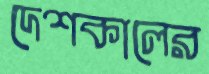
দেশকালের